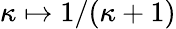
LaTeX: \kappa\mapsto 1/(\kappa+1)